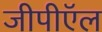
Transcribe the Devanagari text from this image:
जीपीऍल